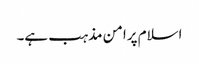
اسلام پرامن مذہب ہے۔